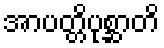
အာပတ္တိပုစ္ဆာတိ